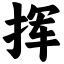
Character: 挥